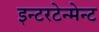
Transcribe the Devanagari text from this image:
इन्टरटेन्मेन्ट